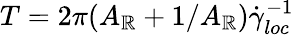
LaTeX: T=2\pi(A_{\mathbb{R}}+1/A_{\mathbb{R}})\dot{{\gamma}}_{loc}^{-1}